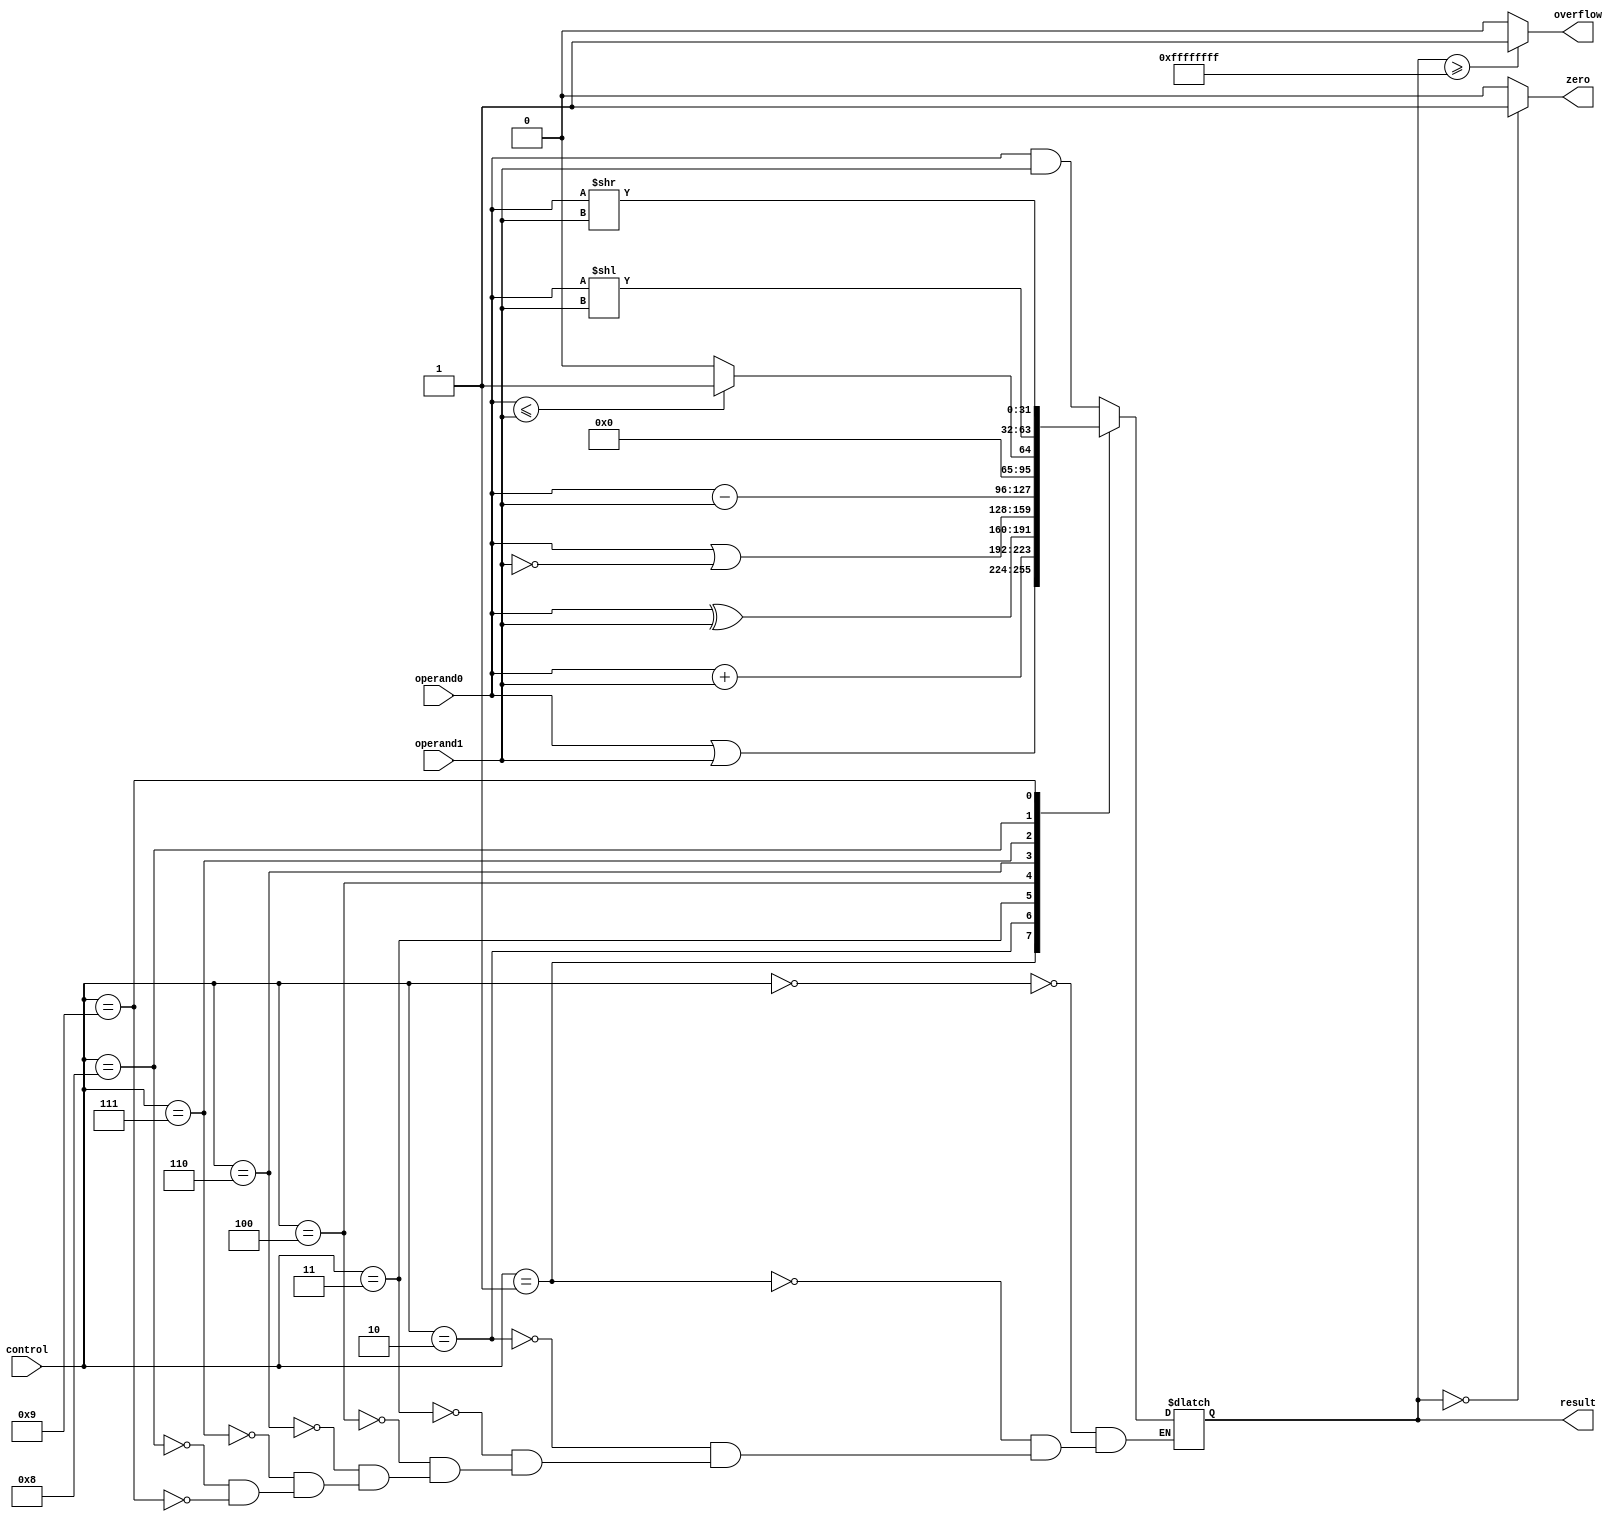
`timescale 1ns / 1ps
///////////////////////////////////////////////////////////////////////////////////////////////////////////////////////
//					
// Module Name:  arithmetic_logic_unit.v 
// Description:	ALU which handles ANDs, ORs, XORs, NORs, addition, subtraction and shifting operations with overflow detections
//
///////////////////////////////////////////////////////////////////////////////////////////////////////////////////////

module arithmetic_logic_unit

(
    control,	//specifies the alu operation
    operand0, 	//first operand
    operand1, 	//second operand
    result, 	//alu result
	overflow,	//overflow flag (underflow as well)
    zero 		//zero flag
);

    //--------------------------
	// Input Ports
	//--------------------------
	// < Enter Input Ports  >
    input 		[3:0]	control;
	input 		[31:0] 	operand0; 
	input		[31:0]	operand1;
	
    //--------------------------
    // Output Ports
    //--------------------------
    // < Enter Output Ports  >	
    output reg	[31:0] 	result; 
	output reg			overflow;
	output reg			zero;
	
	always @( * )
	begin
	case (control)
		4'b0000 : result <= operand0 & operand1; 						//AND
		4'b0001 : result <= operand0 | operand1; 						//OR
		4'b0010 : result <= operand0 + operand1;							//add
		4'b0011 : result <= operand0 ^ operand1; 						//XOR
		4'b0100 : result <= operand0 |~ operand1;							//NOR
		4'b0110 : result <= operand0 - operand1; 						//subtract
		4'b0111 : result <= (operand0 <= operand1) ? 31'd1 : 31'b0; 		//slt
		4'b1000 : result <= operand0 << operand1;						//shift left
		4'b1001 : result <= operand0 >> operand1;						//shift right
		4'b0010 : result <= operand0 >>>operand1;						//shift right arithmatic
	endcase
		if (result >= 4294967295) 										// take care of overflow bit
			overflow = 1;
		else
			overflow = 0;
			
		if (result == 0)												// take care of zero bit
			zero = 1;
		else 
			zero = 0;
	end
 endmodule